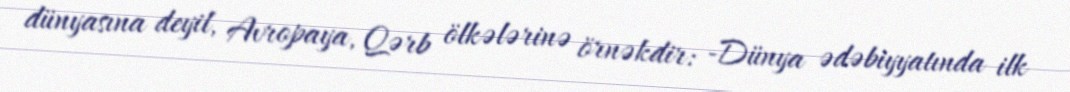
dünyasına deyil, Avropaya, Qərb ölkələrinə örnəkdir: -Dünya ədəbiyyatında ilk